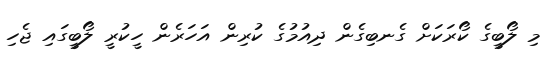
މި ލޯބީގެ ކޯރަކަށް ގެނބިގެން ދިއުމުގެ ކުރިން އަހަރެން ހީކުރީ ލޯބީގައި ޖެހި